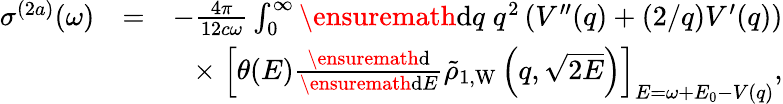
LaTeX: \begin{array}{rlr}{\sigma^{(2a)}(\omega)}&{=}&{-\frac{4\pi}{12c\omega}\int_{0}^{\infty}\ensuremath{\mathrm{d}}q\; q^{2}\left(V^{\prime\prime}(q)+(2/q)V^{\prime}(q)\right)}\\ &{}&{\times\; \left[\theta(E)\frac{\ensuremath{\mathrm{d}}}{\ensuremath{\mathrm{d}}E}\tilde{\rho}_{1,\mathrm{W}}\left(q,\sqrt{2E}\right)\right]_{E=\omega+E_{0}-V(q)},}\end{array}